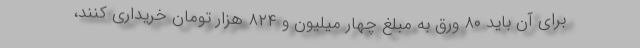
برای آن باید ۸۰ ورق به مبلغ چهار میلیون و ۸۲۴ هزار تومان خریداری کنند،